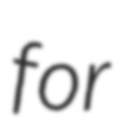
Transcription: for